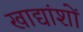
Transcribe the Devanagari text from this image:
खाद्यांशों